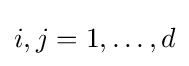
i,j=1,\dots ,d